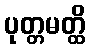
ပုတ္တမတ္ထိ